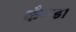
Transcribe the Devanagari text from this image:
कँनडा